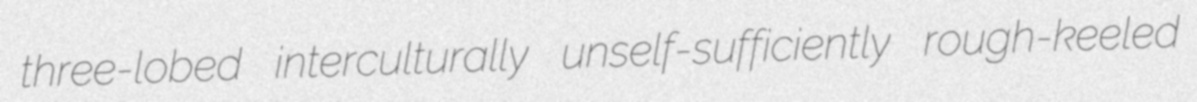
three-lobed interculturally unself-sufficiently rough-keeled